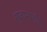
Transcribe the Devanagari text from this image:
सुजानमणि